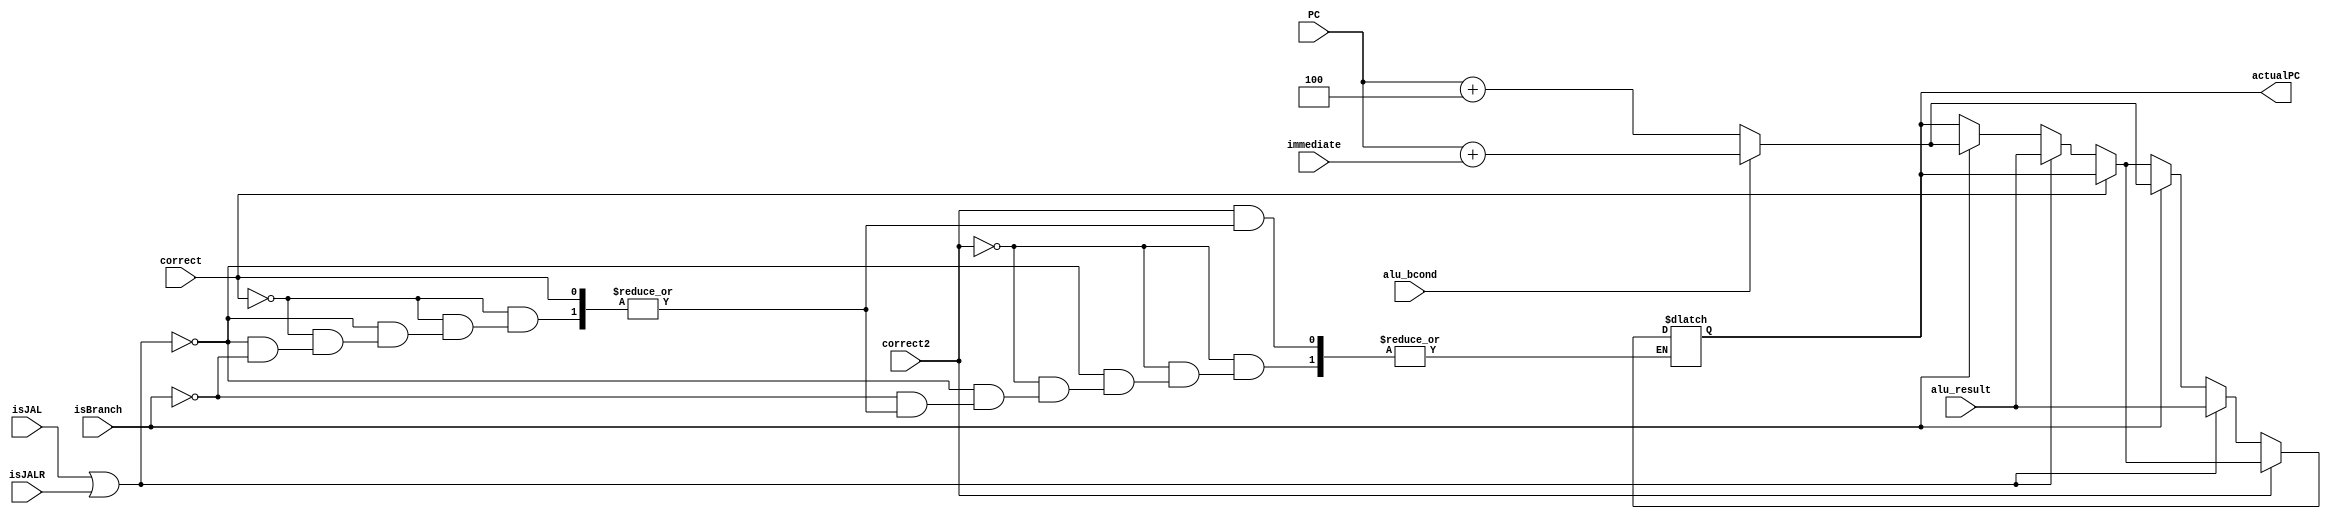
module ActualPC(input correct, input correct2,input isJAL, input isBranch, input isJALR, input [31:0] PC, input[31:0] immediate, 
input [31:0] alu_result, input alu_bcond, output reg[31:0] actualPC);
    always @(*) begin
    if(!correct) begin
        if(isJAL || isJALR)
            actualPC = alu_result;
        else if(isBranch) begin
            if(alu_bcond)
                actualPC = PC + immediate;
            else
                actualPC = PC + 4;
        end
end
    if(!correct2) begin
        if(isJAL || isJALR)
            actualPC = alu_result;
        else if(isBranch) begin
            if(alu_bcond)
                actualPC = PC + immediate;
            else
                actualPC = PC + 4;
        end
    end
    end
endmodule